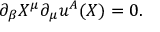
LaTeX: \partial _ { \beta } X ^ { \mu } \partial _ { \mu } u ^ { A } ( X ) = 0 .